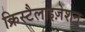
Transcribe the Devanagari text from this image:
क्रिस्टैलाइज़ेशन